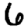
Digit: 6